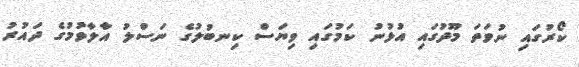
ކޯރުގައި ނުވަތަ މޫދުގައި އުޅުނު ކަމުގައި ވިޔަސް ކިނބުލުގެ ނަސްލު އާލާވުމުގެ ދައުރު